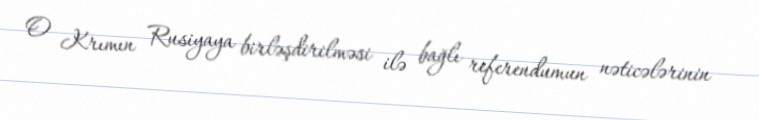
O Krımın Rusiyaya birləşdirilməsi ilə bağlı referendumun nəticələrinin